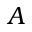
A